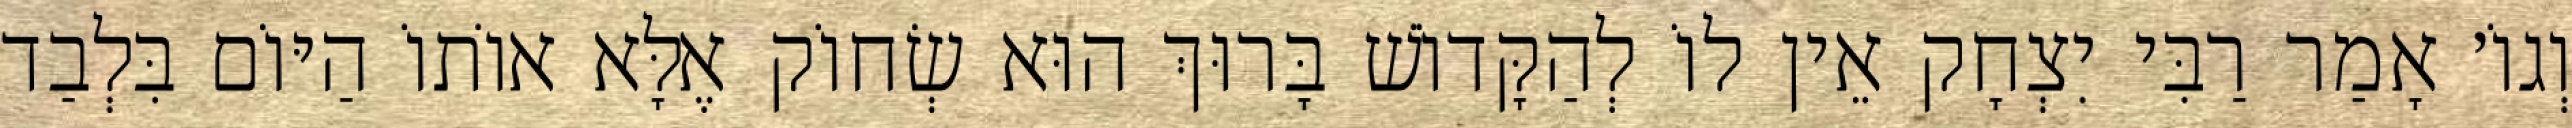
וְגוֹ׳ אָמַר רַבִּי יִצְחָק אֵין לוֹ לְהַקָּדוֹשׁ בָּרוּךְ הוּא שְׂחוֹק אֶלָּא אוֹתוֹ הַיּוֹם בִּלְבַד